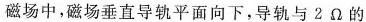
磁场中，磁场垂直导轨平面向下，导轨与2Ω的